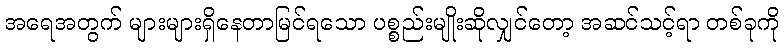
အရေအတွက် များများရှိနေတာမြင်ရသော ပစ္စည်းမျိုးဆိုလျှင်တော့ အဆင်သင့်ရာ တစ်ခုကို